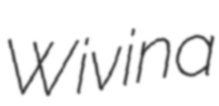
Wivina